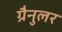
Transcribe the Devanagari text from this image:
ग्रैनुलर